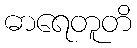
ဓာရေတူတိ